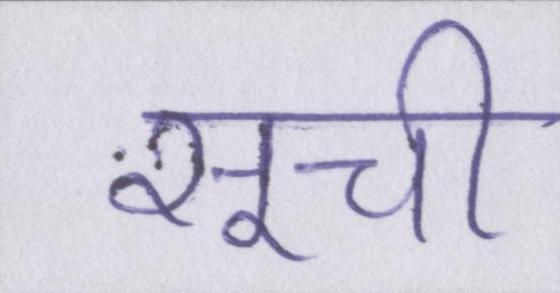
सूची